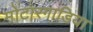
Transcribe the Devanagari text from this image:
मोटारगाडिया